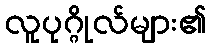
လူပုဂ္ဂိုလ်များ၏